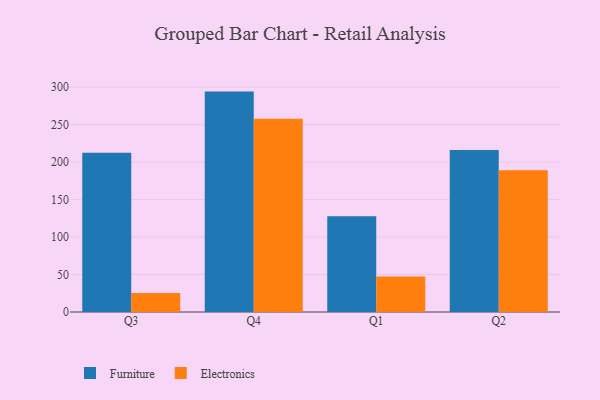
{"axis": {"x": "Quarter", "y": "Operating Costs (USD K)"}, "legend": ["Electronics", "Furniture"], "data": [{"x": "Q3", "y": 212.6, "type": "Furniture"}, {"x": "Q3", "y": 25.2, "type": "Electronics"}, {"x": "Q4", "y": 294.1, "type": "Furniture"}, {"x": "Q4", "y": 257.9, "type": "Electronics"}, {"x": "Q1", "y": 127.9, "type": "Furniture"}, {"x": "Q1", "y": 47.4, "type": "Electronics"}, {"x": "Q2", "y": 216.1, "type": "Furniture"}, {"x": "Q2", "y": 189.2, "type": "Electronics"}]}